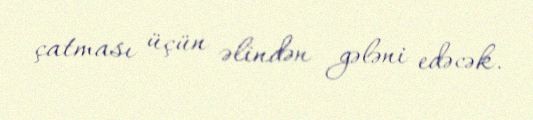
çatması üçün əlindən gələni edəcək.